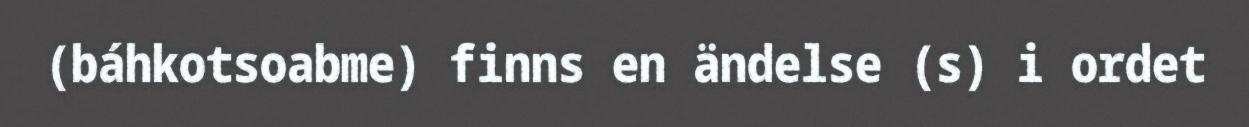
(báhkotsoabme) finns en ändelse (s) i ordet